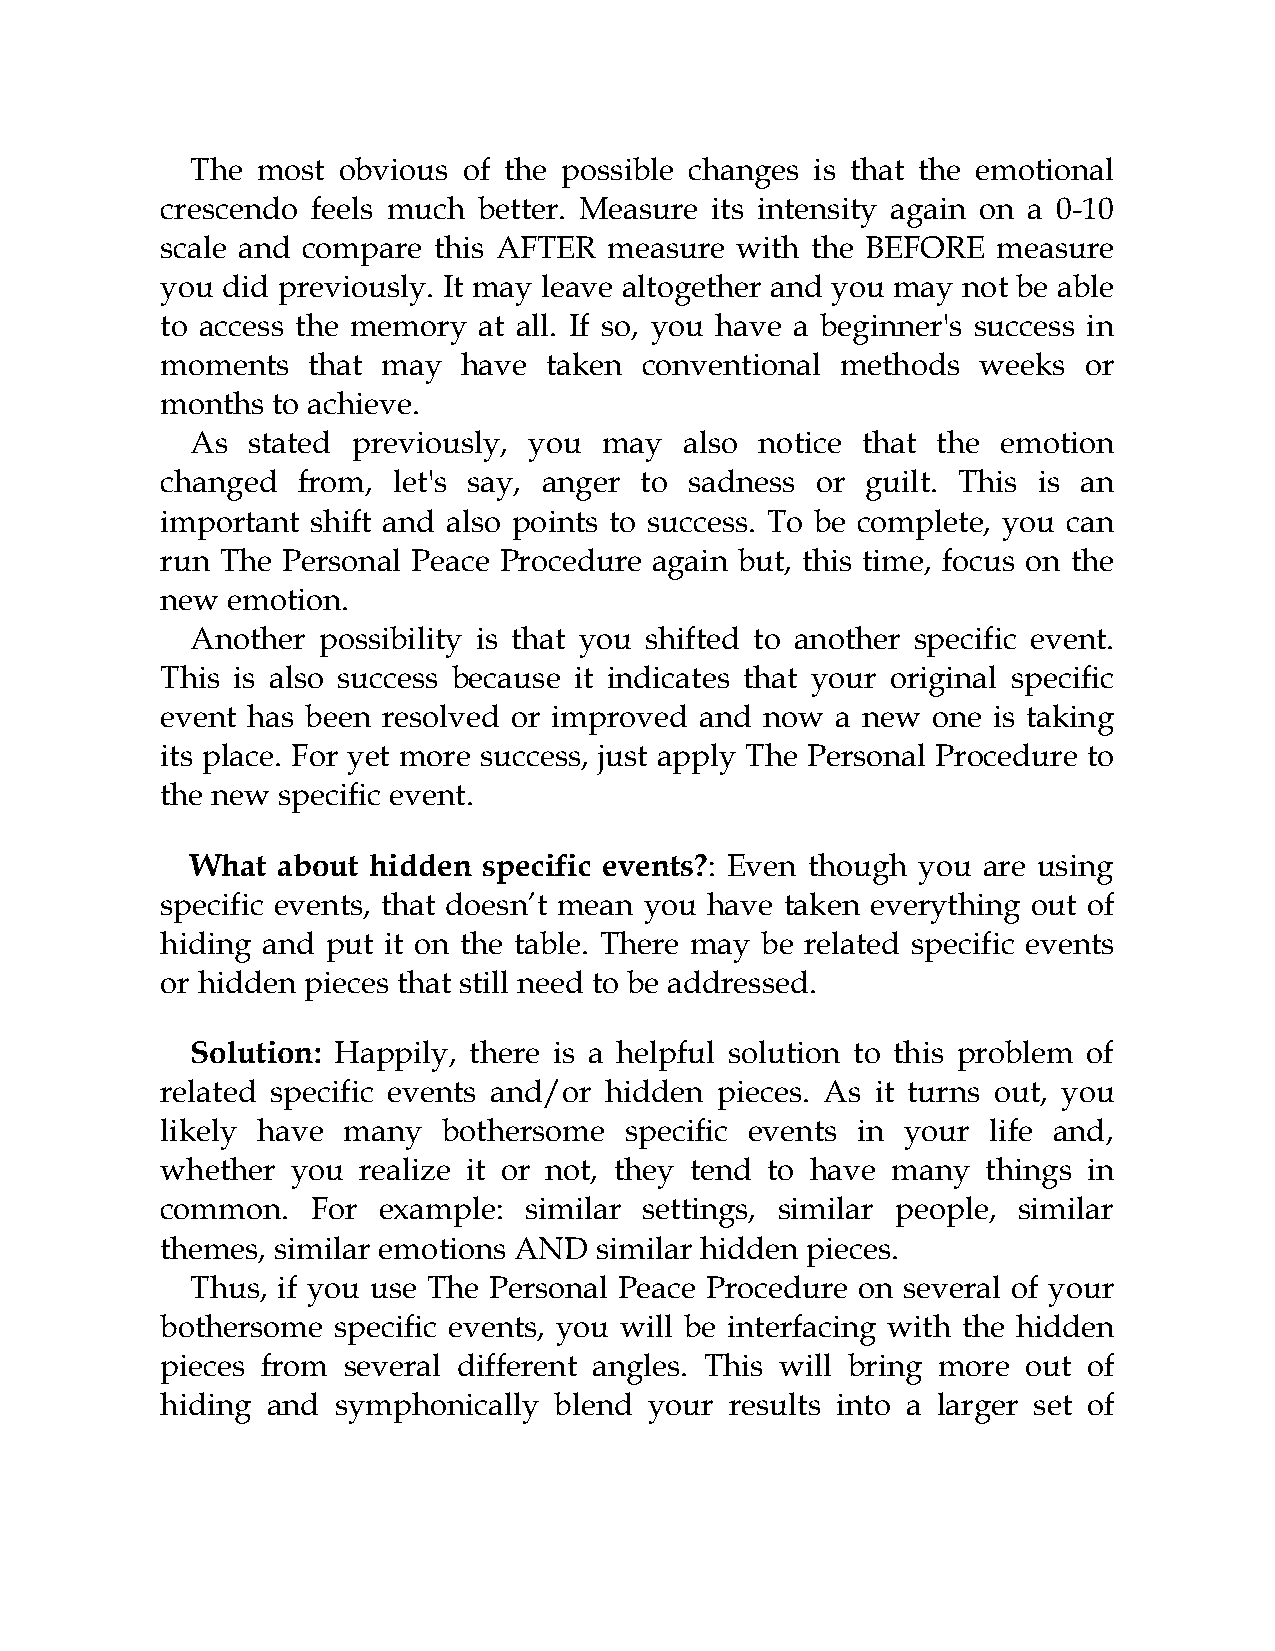
The most obvious  of the possible changes is that the emotional
 crescendo feels much better. Measure its intensity again on a 0-10
 scale and compare this AFTER measure  with the BEFORE  measure
 you did previously. It may leave altogether and you may not be able
 to access the memory at all. If so, you have a beginner's success in
 moments  that may   have taken conventional  methods  weeks  or
 months to achieve.
 As stated previously, you  may  also notice that the emotion
 changed  from, let's say, anger to sadness or guilt. This is an
 important shift and also points to success. To be complete, you can
 run The Personal Peace Procedure again but, this time, focus on the
 new emotion.
 Another possibility is that you shifted to another specific event.
 This is also success because it indicates that your original specific
 event has been resolved or improved and now a new  one is taking
 its place. For yet more success, just apply The Personal Procedure to
 the new specific event.
 What about hidden  specific events?: Even though you are using
 specific events, that doesn’t mean you have taken everything out of
 hiding and put it on the table. There may be related specific events
 or hidden pieces that still need to be addressed.
 Solution: Happily, there is a helpful solution to this problem of
 related specific events and/or hidden pieces. As it turns out, you
 likely have many  bothersome  specific events in your  life and,
 whether you  realize it or not, they tend to have many things in
 common.   For example:  similar settings, similar people, similar
 themes, similar emotions AND similar hidden pieces.
 Thus, if you use The Personal Peace Procedure on several of your
 bothersome specific events, you will be interfacing with the hidden
 pieces from several different angles. This will bring more out of
 hiding and symphonically  blend your results into a larger set of